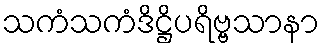
သကံသကံဒိဋ္ဌိပရိဗ္ဗသာနာ